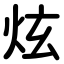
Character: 炫